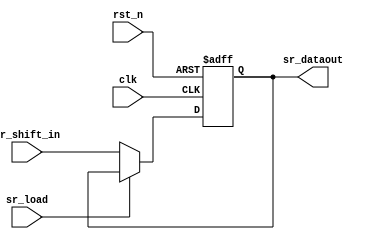
// SPDX-License-Identifier: Apache-2.0
// Copyright (C) 2019 Intel Corporation. 
module hdpldadapt_sr_out_bit
 #(
    parameter RESET_VAL = 0     // Reset value
  )
(
input wire  sr_shift_in,
input wire  sr_load,
input wire  clk,
input wire  rst_n,

output reg  sr_dataout
);

localparam reset_value = (RESET_VAL == 1) ? 1'b1 : 1'b0;

always @(negedge rst_n or posedge clk)
  if (rst_n == 1'b0)
    begin
      sr_dataout <= reset_value;
    end
  else
    begin
      sr_dataout <= (!sr_load) ? sr_shift_in : sr_dataout;
    end


endmodule